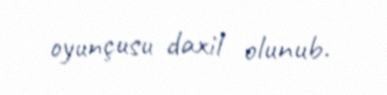
oyunçusu daxil olunub.